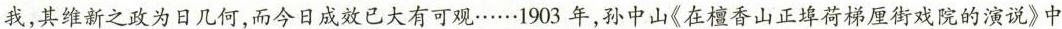
我，仿效西方亦后于我，其维新之政为日几何，而今日成效已大有可观……1903年，孙中山《在檀香山正埠荷梯厘街戏院的演说》中